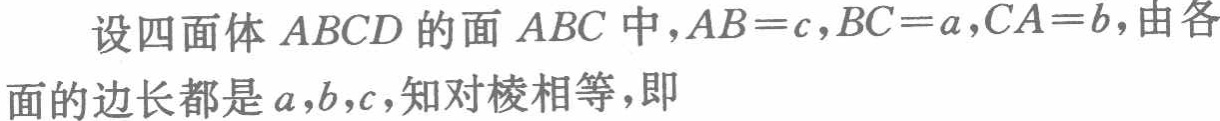
设四面体 \(ABCD\) 的面 \(ABC\) 中，\(AB = c\)，\(BC = a\)，\(CA = b\)，由各面的边长都是 \(a\)，\(b\)，\(c\)，知对棱相等，即